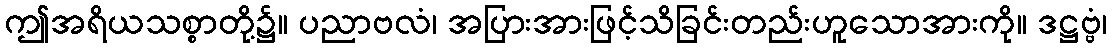
ဤအရိယသစ္စာတို့၌။ ပညာဗလံ၊ အပြားအားဖြင့်သိခြင်းတည်းဟူသောအားကို။ ဒဋ္ဌဗ္ဗံ၊